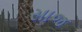
સાજ